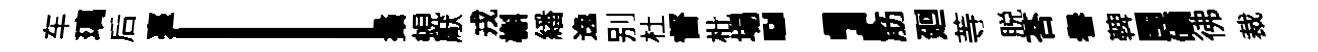
车璃后臺l攝蜆厭戎槲繙逸别杜督枇場；筋廻䓁脱荅譽鞞閩礦彿裁